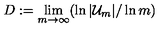
D : = \lim _ { m \to \infty } ( \ln | { \cal U } _ { m } | / \ln m )